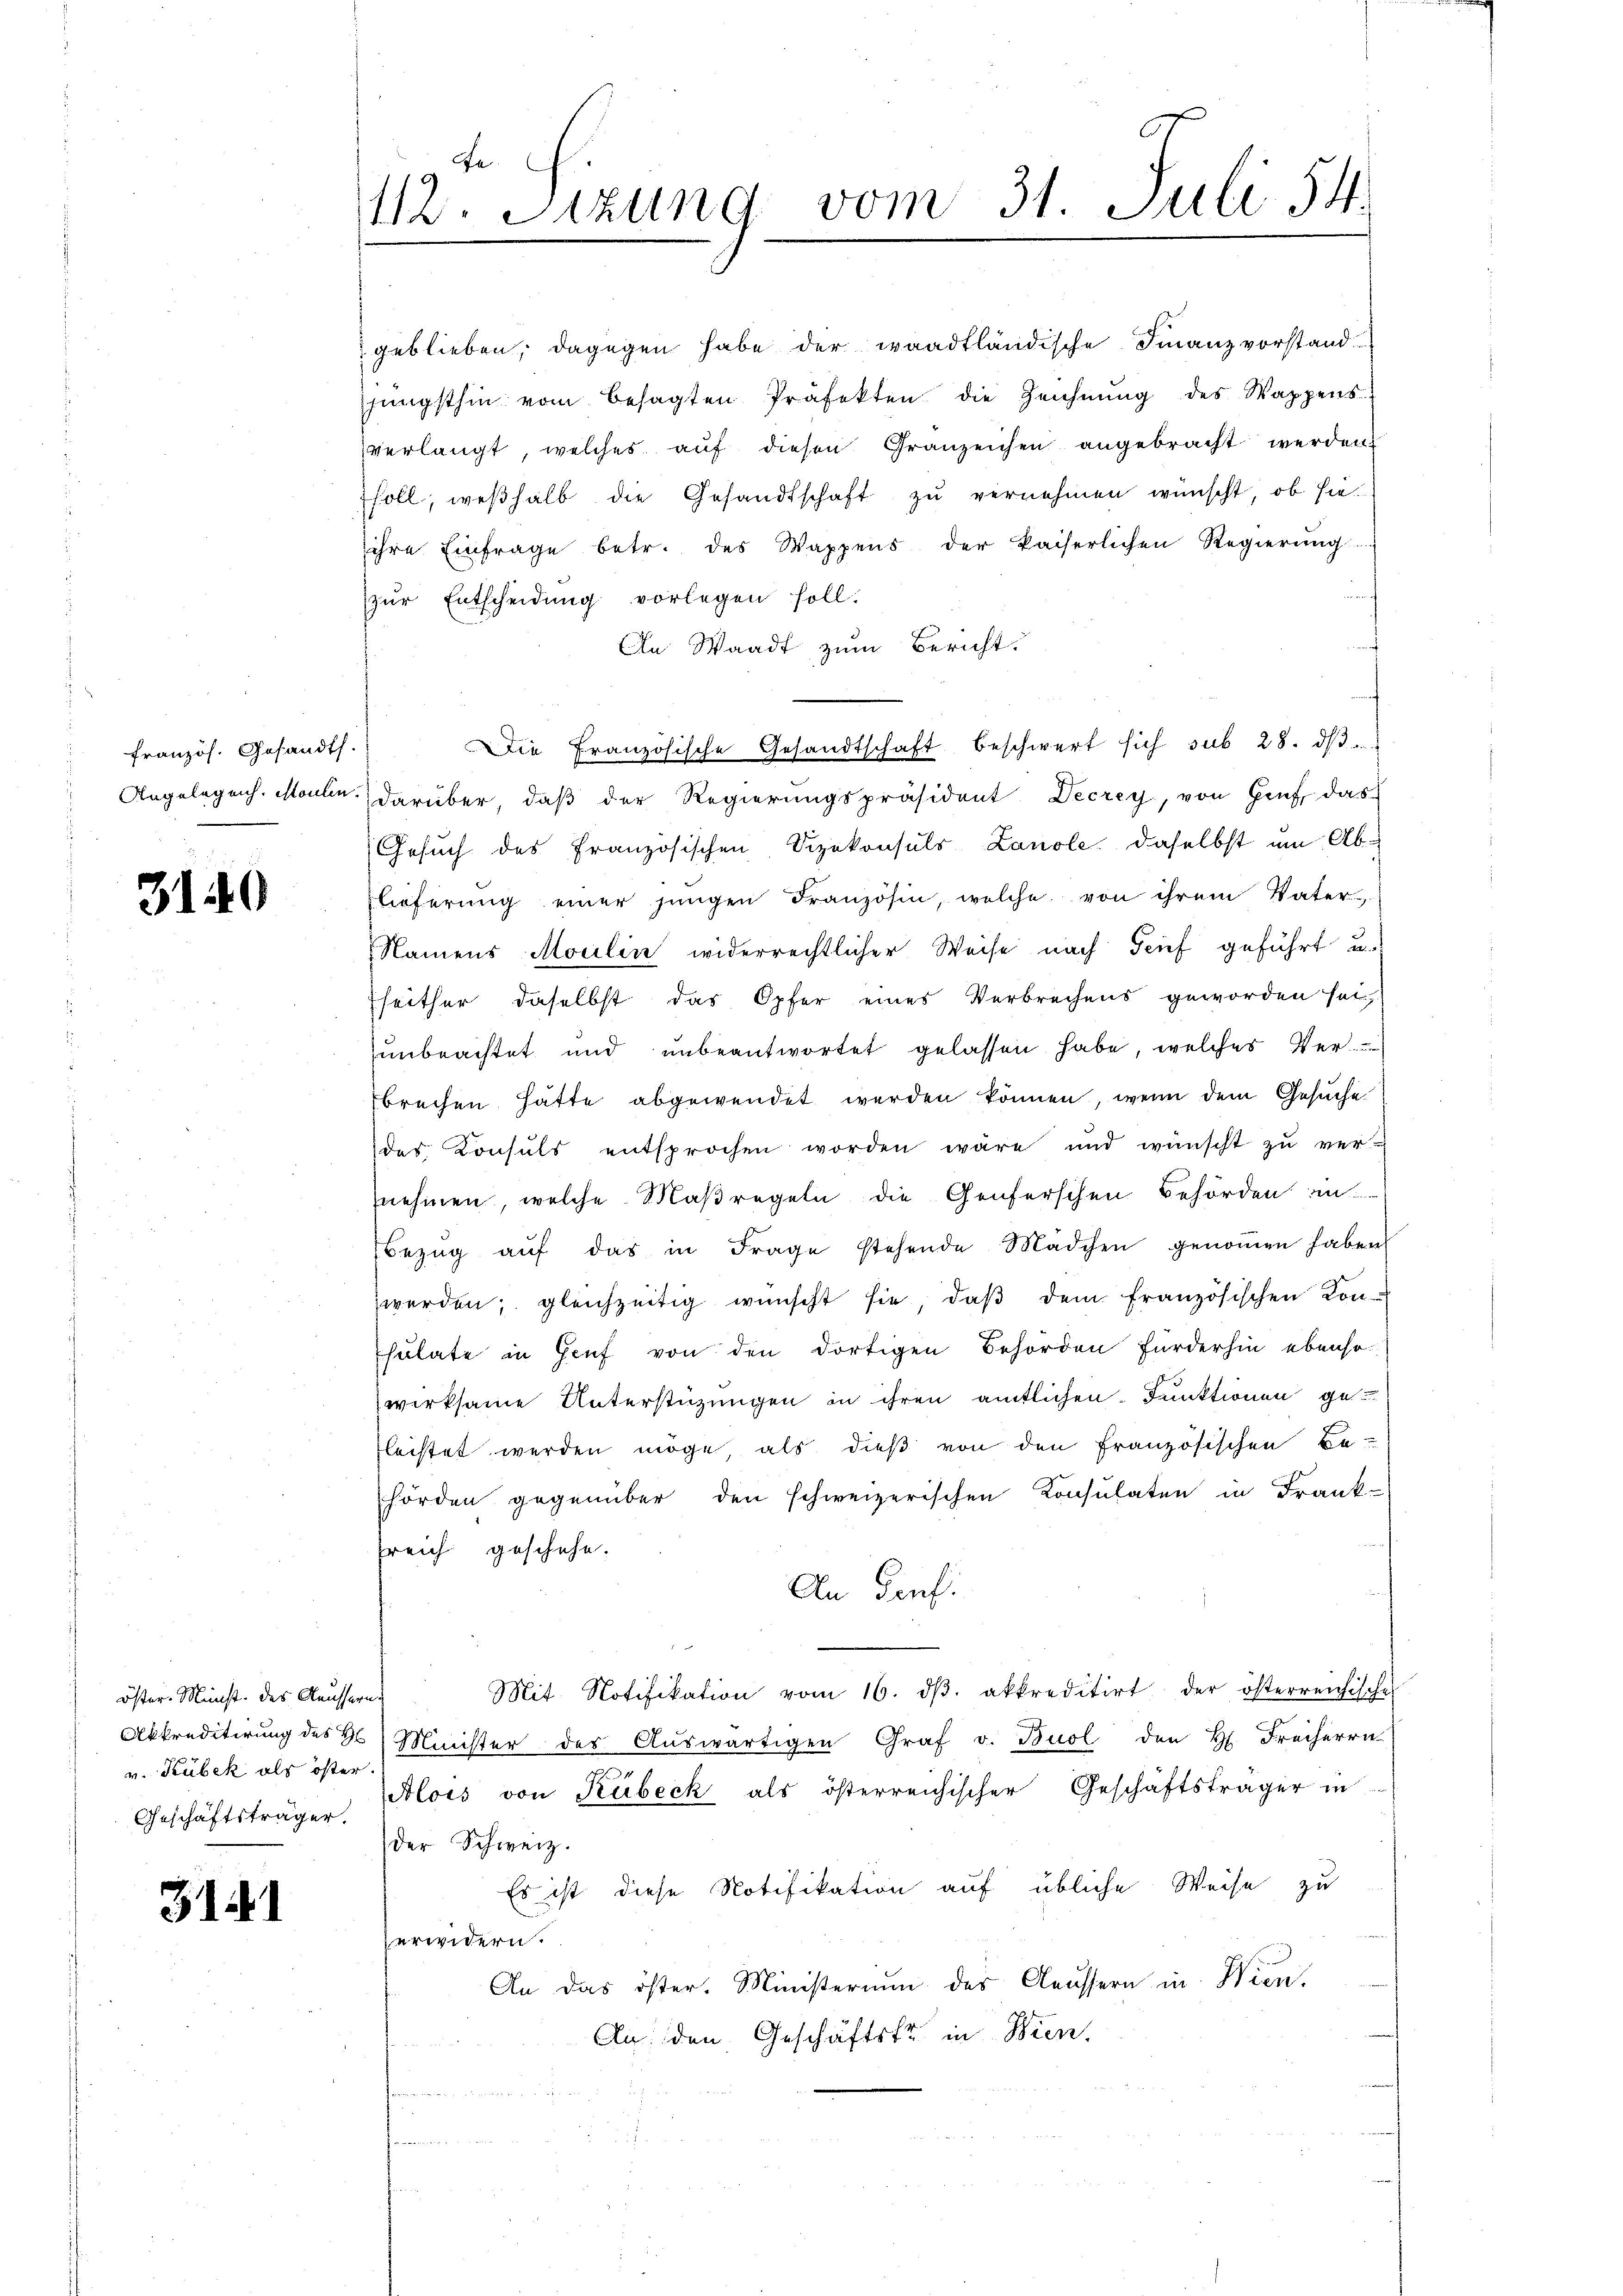
französ. Gesandts.

3140

öster. Münst. des Kaussern.
v. Kubek als öster.
Geschäftsträger.

3121

geblieben, dagegen habe der waadtländische Finanzvorstand
jüngsthin vom besagten Präfekten die Zeichnŭng des Wappens
verlangt, welches aŭf diesen Granzeichen angebracht werden.
soll, weßhalb die Gesandtschaft zu vernehmen wünscht, ob hieihre Einfrage betr. des Wappens der kaiserlichen Regierŭng
zur Entscheidung vorlegen soll.
An Waadt zum Bericht
Angelegen. Moulin, darüber, daß der Regierungspräsident Decrey, von Genf, das
Gesuch des Französischen Vizekonsuls Lanole daselbst um Ablieferung einer jungen Französin, welche von ihrem Vater-
Namens Moulin widerrechtlicher Weise nach Trief geführt u.
seither daselbst das Opfer eines Verbrechens geworden hat,
unbeachtet und unbeantwortet gelassen habe, welches Ver-
brechen hätte abgewendet werden können, wenn dem Gesuche
des Konsuls entsprochen worden wäre und wünscht zŭ ver-
nehmen, welche Maßregeln die Genferschen Behörden in
Bezŭg aŭf das in Frage stehende Mädchen genoṁen haben
werden, gleichzeitig wünscht sie, daβ dem französischen Kon-
sulate in Genf von den dortigen Behörden Fürderhin ebenso-
wirksame Unterstüzungen in ihren amtlichen Funktionen gefleistet werden möge, als dieß von den Französischen Be-
hörden gegenüber den schweizerischen Konsulaten in Frank-
sreich geschehe.
An Tauf
Mit Notifikation vom 16. dβ. akkreditirt der österreichisches
.
Akkreditirung des H. Minister des Aŭswärtigen Graf v. Buol den H. Freiherrn
Alois von Kübeck als österreichischer Geschäftsträger in
der Schweiz.
Es ist diese Notifikation auf übliche Weise zu
zerwidern.
An das öster. Ministerium des Aeussern in Wien,
An den Geschäftsfr. in Wien.
u

112. Sizung vom 31. Juli 54.

Die Französische Gesandtschaft beschwert sich sub 28. dβ